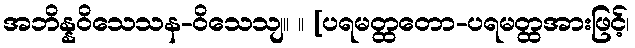
အဘိန္နဝိသေသန-ဝိသေသျ။ ။ [ပရမတ္ထတော-ပရမတ္ထအားဖြင့်၊